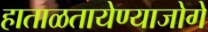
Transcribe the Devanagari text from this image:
हाताळतायेण्याजोगे